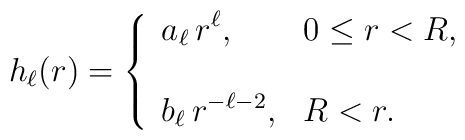
h_\ell(r)=\left\{ \begin{array}{ll}\displaystyle a_\ell\, r^\ell, &0\leq r<R,\\\\\displaystyle b_\ell \, r^{-\ell-2},&R<r.\end{array}\right.